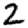
Digit: 2